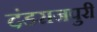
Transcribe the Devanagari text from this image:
दंडराजपुरी